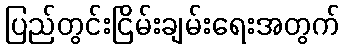
ပြည်တွင်းငြိမ်းချမ်းရေးအတွက်